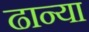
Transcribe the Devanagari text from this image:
ढान्या